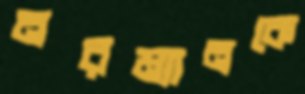
নরম্যানকে